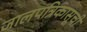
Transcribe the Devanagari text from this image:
जालपत्रिकासूची